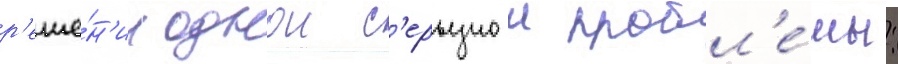
р'еше́н'ии однои с'ерьезнои пробл'е́мы: